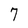
Character: 7